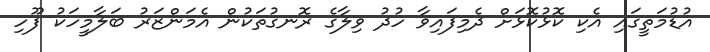
އުޑުމަތީގައި އެކި ކޮޅުކޮޅަށް ދެމިފައިވާ ހުދު ވިލާގެ ރޮނގުތަކުން އެމަންޒަރު ބަލާމީހަކު ފޫހި